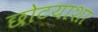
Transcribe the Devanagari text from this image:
छोटयाशा